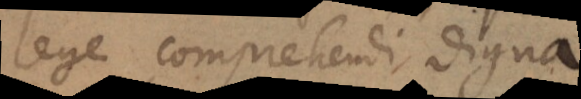
lege comprehendi digna.